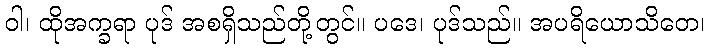
ဝါ၊ ထိုအက္ခရာ ပုဒ် အစရှိသည်တို့တွင်။ ပဒေ၊ ပုဒ်သည်။ အပရိယောသိတေ၊